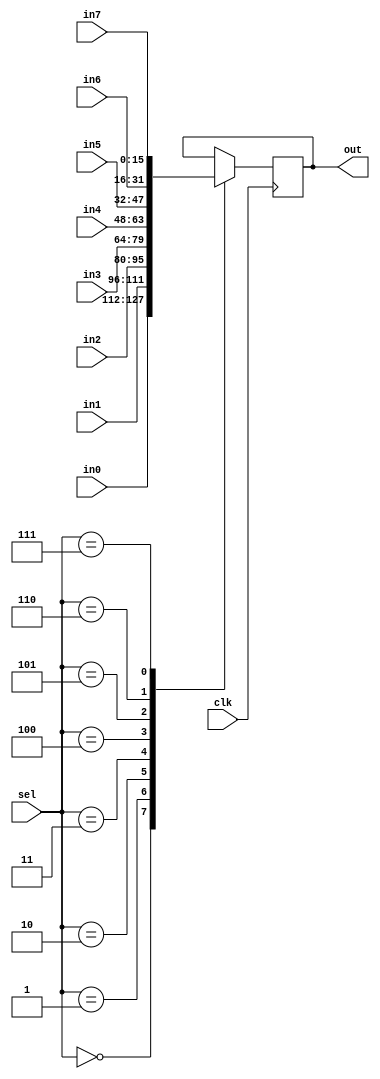
`timescale 1ns / 1ps // <simulation time step> / <simulation time step precision>
//////////////////////////////////////////////////////////////////////////////////
// 8:1 output MUX.
//
// Daniel Schussheim and Kurt Gibble
//////////////////////////////////////////////////////////////////////////////////
module SelectableOutput8(
    // Clock
    input  wire               clk,
    // Select input, 0 for in0, 1 for in1, etc
    input  wire        [5:0]  sel,
    // Up to 8 input channels
    input  wire signed [15:0] in0, in1, in2, in3, in4, in5, in6, in7,
    // Output
    output reg  signed [15:0] out);

// Output selected signal
always @(posedge clk) begin
case (sel) 
    0: out <= in0;
    1: out <= in1;
    2: out <= in2;
    3: out <= in3;
    4: out <= in4;
    5: out <= in5;
    6: out <= in6;
    7: out <= in7;
endcase
end
endmodule